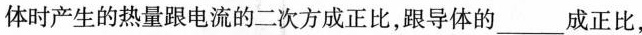
体时产生的热量跟电流的二次方成正比，跟导体的___成正比，